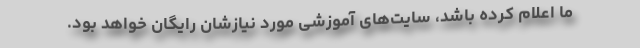
ما اعلام کرده باشد، سایت‌های آموزشی مورد نیازشان رایگان خواهد بود.